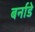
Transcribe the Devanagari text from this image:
बर्नाडे